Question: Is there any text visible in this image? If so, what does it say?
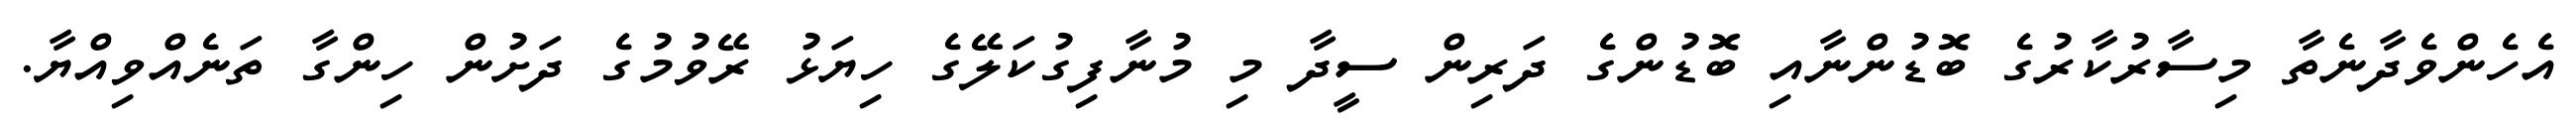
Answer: އެހެންވެދާނެތާ މިސާރުކާރުގެ ބޮޑުންނާއި ބޮޑުންގެ ދަރިން ސީދާ މި މުނާފިގުކަލޭގެ ހިޔަޅު ރޭވުމުގެ ދަށުން ހިންގާ ތަނެއްވިއްޔާ.